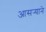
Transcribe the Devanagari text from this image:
आसर्‍याने